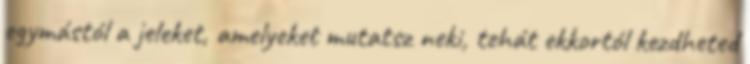
egymástól a jeleket, amelyeket mutatsz neki, tehát ekkortól kezdheted